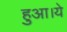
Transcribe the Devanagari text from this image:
हुआ।ये